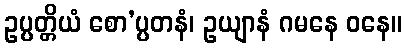
ဥပ္ပတ္တိယံ စော’ပ္ပတနံ၊ ဥယျာနံ ဂမနေ ဝနေ။